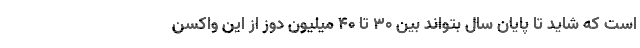
است که شاید تا پایان سال بتواند بین ۳۰ تا ۴۰ میلیون دوز از این واکسن